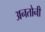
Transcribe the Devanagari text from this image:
अनतोनी